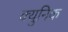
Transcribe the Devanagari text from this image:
क्युनिक